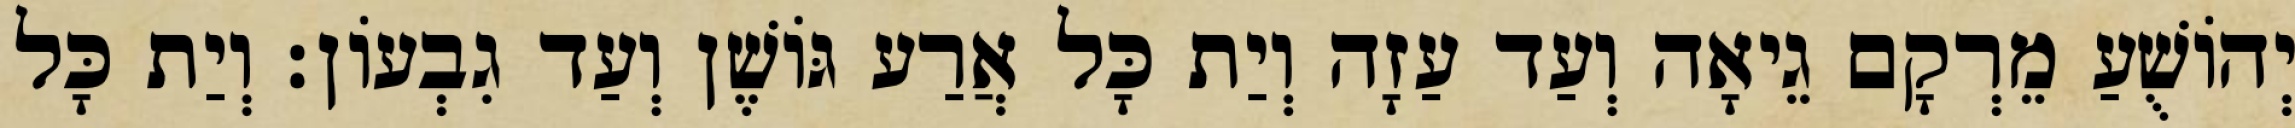
יְהוֹשֻׁעַ מֵרְקָם גֵיאָה וְעַד עַזָה וְיַת כָּל אֲרַע גּוֹשֶׁן וְעַד גִבְעוֹן׃ וְיַת כָּל